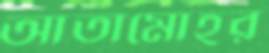
আতামোহর